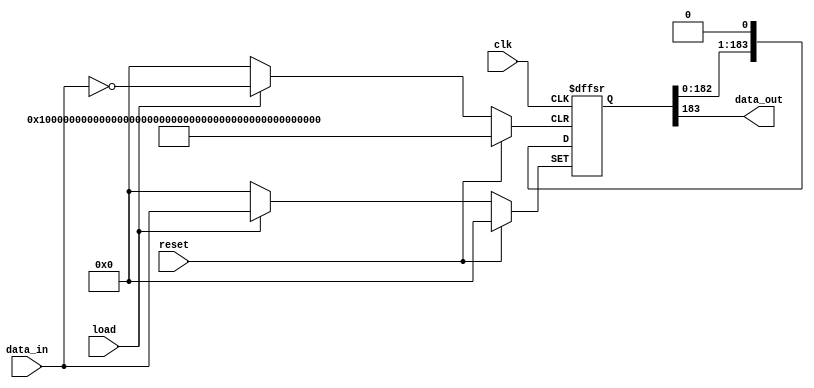
// This program was cloned from: https://github.com/FPGADude/Digital-Design
// License: GNU General Public License v3.0

`timescale 1ns / 1ps

// LiDAR data receiver output shift register
// Parallel-In to Serial-Out
// Authored by David J Marion

module shift_reg184(
    input [183:0] data_in,      // 184-bit parallel in from shift_reg376
    input reset,                // Asynchronous system reset
    input load,                 // Set 184-bit data received
    input clk,                  // Synchronous shifting signal
    output data_out             // Serial data out
    );
    
    reg [183:0] data_packet;    // 184-bit internal register
    
    always @(posedge clk or posedge reset or posedge load) begin
        if(reset)
            data_packet <= 184'd0;
        else 
            if(load)
                data_packet <= data_in;
            else
                data_packet <= {data_packet[182:0], 1'b0};         
    end
    
    assign data_out = data_packet[183];
    
endmodule